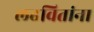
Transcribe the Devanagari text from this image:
लढवितांना